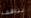
نناقشه